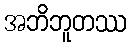
အဘိဘူတဿ